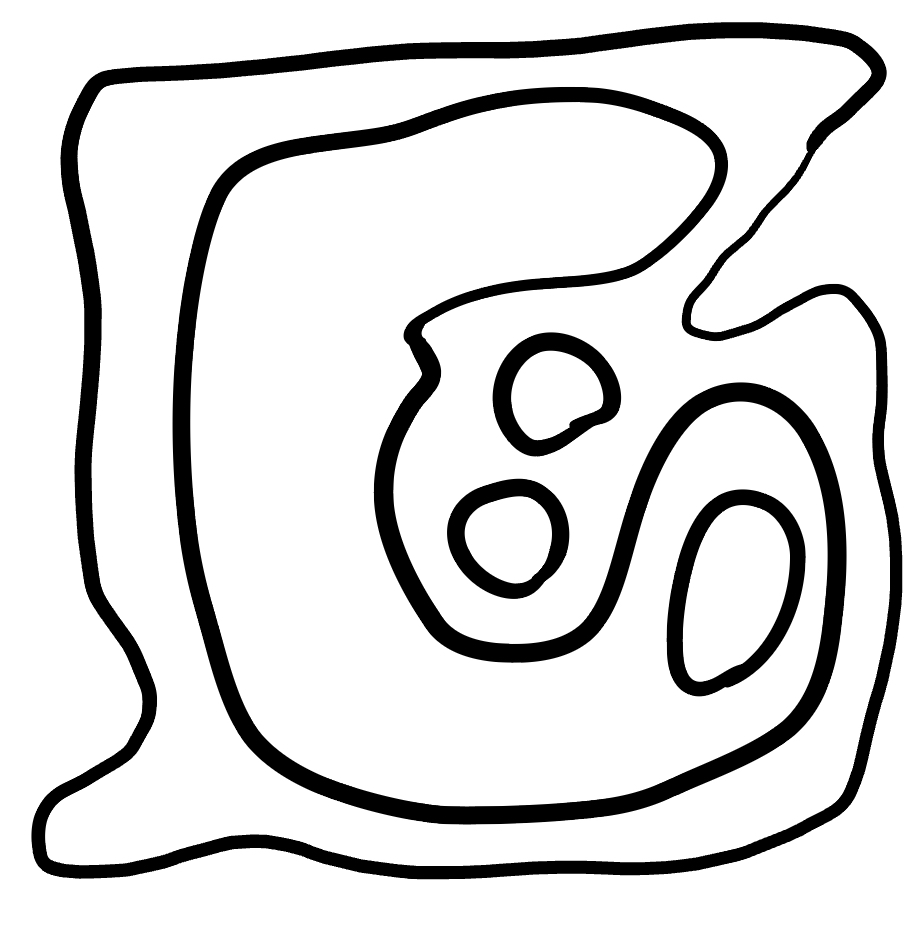
Number of regions (including the outer root region): 6
Containment tree edges (parent, child): 0, 1, 1, 2, 1, 3, 1, 4, 4, 5